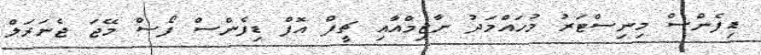
ޑިފެންސް މިނިސްޓަރު މުހައްމަދު ނާޒިމްއާއި ޗީފް އޮފް ޑިފެންސް ފޯސް މޭޖަ ޖެނަރަލް